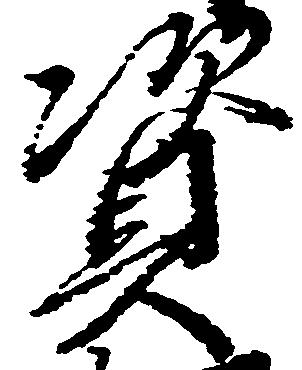
資